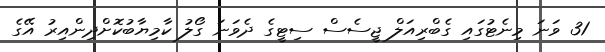
31 ވަނަ މިނެޓުގައި ގެބްރިއަލް ޖީސެސް ސިޓީގެ ދެވަނަ ގޯލު ކާމިޔާބުކޮށްދިންއިރު އޭގެ